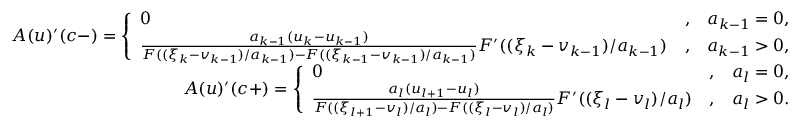
\begin{array} { r } { A ( u ) ^ { \prime } ( c - ) = \left\{ \begin{array} { l c r } { 0 } & { , } & { a _ { k - 1 } = 0 , } \\ { \frac { a _ { k - 1 } ( u _ { k } - u _ { k - 1 } ) } { F ( ( \xi _ { k } - v _ { k - 1 } ) / a _ { k - 1 } ) - F ( ( \xi _ { k - 1 } - v _ { k - 1 } ) / a _ { k - 1 } ) } F ^ { \prime } ( ( \xi _ { k } - v _ { k - 1 } ) / a _ { k - 1 } ) } & { , } & { a _ { k - 1 } > 0 , } \end{array} \right. } \\ { A ( u ) ^ { \prime } ( c + ) = \left\{ \begin{array} { l c r } { 0 } & { , } & { a _ { l } = 0 , } \\ { \frac { a _ { l } ( u _ { l + 1 } - u _ { l } ) } { F ( ( \xi _ { l + 1 } - v _ { l } ) / a _ { l } ) - F ( ( \xi _ { l } - v _ { l } ) / a _ { l } ) } F ^ { \prime } ( ( \xi _ { l } - v _ { l } ) / a _ { l } ) } & { , } & { a _ { l } > 0 . } \end{array} \right. } \end{array}